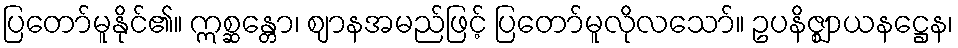
ပြတော်မူနိုင်၏။ ဣစ္ဆန္တော၊ ဈာနအမည်ဖြင့် ပြတော်မူလိုလသော်။ ဥပနိဇ္ဈာယနဋ္ဌေန၊